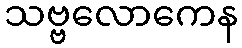
သဗ္ဗလောကေန